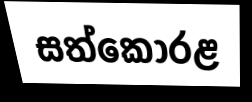
සත්කෝරළ